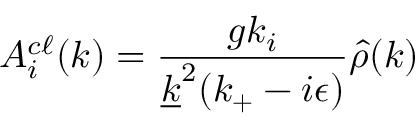
A _ { i } ^ { c \ell } ( k ) = { \frac { g k _ { i } } { \underline { { { k } } } ^ { 2 } ( k _ { + } - i \epsilon ) } } \hat { \rho } ( k )